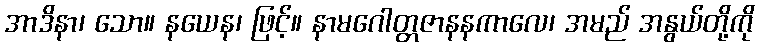
အာဒိနာ၊ သော။ နယေန၊ ဖြင့်။ နာမဂေါတ္တဇာနနကာလေ၊ အမည် အနွယ်တို့ကို